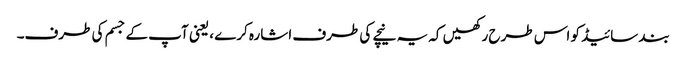
بند سائیڈ کو اس طرح رکھیں کہ یہ نیچے کی طرف اشارہ کرے ، یعنی آپ کے جسم کی طرف۔